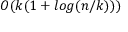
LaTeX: O ( k ( 1 + l o g ( n / k ) ) )